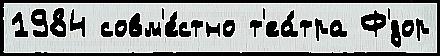
1984 совм'е́стно т'еа́тра Ф'́дор